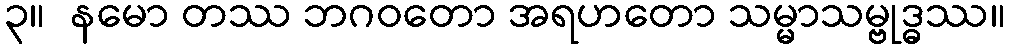
၃။  နမော တဿ ဘဂဝတော အရဟတော သမ္မာသမ္ဗုဒ္ဓဿ။